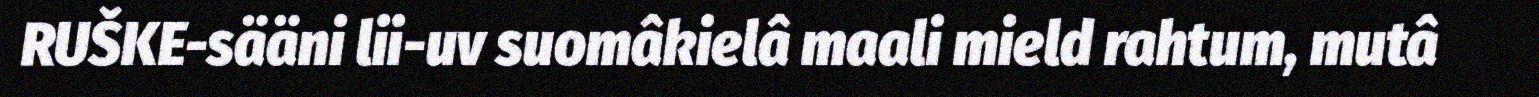
RUŠKE-sääni lii-uv suomâkielâ maali mield rahtum, mutâ